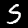
Label: 5